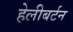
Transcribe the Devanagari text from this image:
हेलीबर्टन